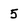
Character: 5